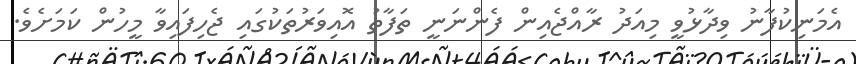
އެމަނިކުފާނު ވިދާޅުވީ މިއަދު ރާއްޖެއިން ފެންނަނީ ތަފާތު އޮއިވަރުތަކުގައި ޖެހިފައިވާ މީހުން ކަމަށެވެ.